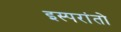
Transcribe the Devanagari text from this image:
इस्परांतो